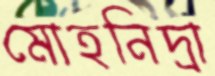
মোহনিদ্রা